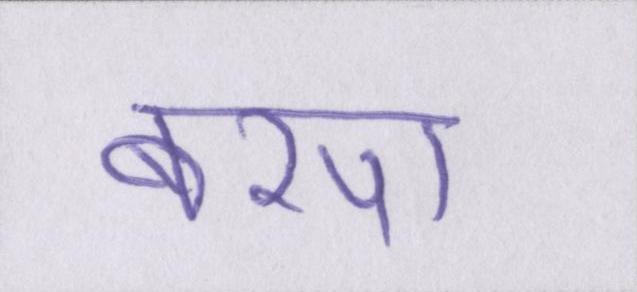
बरपा